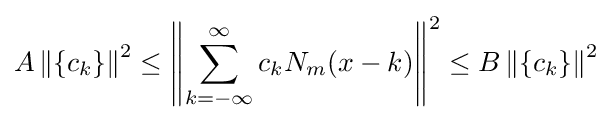
A\left\Vert \{c_{k}\}\right\Vert ^{2}\leq \left\Vert \sum _{k=-\infty }^{\infty }c_{k}N_{m}(x-k)\right\Vert ^{2}\leq B\left\Vert \{c_{k}\}\right\Vert ^{2}